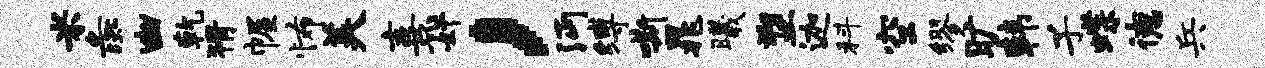
米彘幽乾猾幄怖美熹奸，沔缚嘶晁曦塑迦科空缪旷韩子蝶德兵